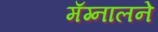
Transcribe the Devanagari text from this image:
मॅग्नालने